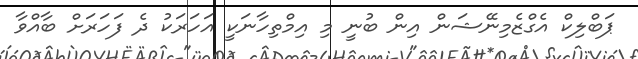
ޕަބްލިކް އެގްޒެމިނޭޝަން އިން ބުނީ މި އިމްތިހާނަކީ އަހަރަކު ދެ ފަހަރަށް ބާއްވާ